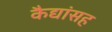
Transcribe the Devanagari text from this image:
कैद्यांसह